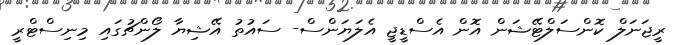
ރީޖަނަލް ކޮންސަލްޓޭޝަން އޮން އެސްޑީޖީ އެލަޔަންސް- ސައުތު އޭޝިޔާ ލޯންޗުގައި މިނިސްޓްރީ